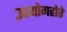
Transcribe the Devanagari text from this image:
उपयोगहोते